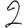
Digit: 2